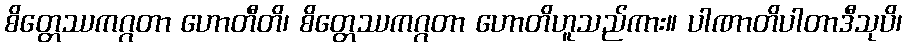
စိတ္တေဿကဂ္ဂတာ ဟောတီတိ၊ စိတ္တေဿကဂ္ဂတာ ဟောတိဟူသည်ကား။ ပါဏာတိပါတာဒီသုပိ၊